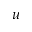
u